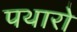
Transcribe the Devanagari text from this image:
पथारो